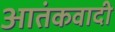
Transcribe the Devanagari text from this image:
आतंंकवादी